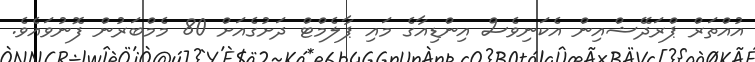
އުއްތަރް ޕްރަދޭޝްއިން އެކަނިވެސް އިންޑިއާގެ މައި ޕާލެމްޓް ދަށުގެއަށް 80 މެމްބަރުން ފޮނުވައެވެ.